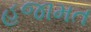
હજામત